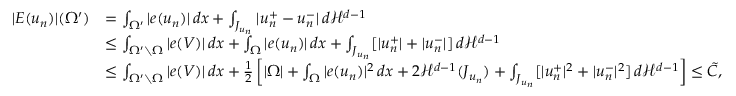
\begin{array} { r l } { | E ( u _ { n } ) | ( \Omega ^ { \prime } ) } & { = \int _ { \Omega ^ { \prime } } | e ( u _ { n } ) | \, d x + \int _ { J _ { u _ { n } } } | u _ { n } ^ { + } - u _ { n } ^ { - } | \, d { \mathcal { H } } ^ { d - 1 } } \\ & { \leq \int _ { \Omega ^ { \prime } \setminus \Omega } | e ( V ) | \, d x + \int _ { \Omega } | e ( u _ { n } ) | \, d x + \int _ { J _ { u _ { n } } } [ | u _ { n } ^ { + } | + | u _ { n } ^ { - } | ] \, d { \mathcal { H } } ^ { d - 1 } } \\ & { \leq \int _ { \Omega ^ { \prime } \setminus \Omega } | e ( V ) | \, d x + \frac { 1 } { 2 } \left[ | \Omega | + \int _ { \Omega } | e ( u _ { n } ) | ^ { 2 } \, d x + 2 { \mathcal { H } } ^ { d - 1 } ( J _ { u _ { n } } ) + \int _ { J _ { u _ { n } } } [ | u _ { n } ^ { + } | ^ { 2 } + | u _ { n } ^ { - } | ^ { 2 } ] \, d { \mathcal { H } } ^ { d - 1 } \right] \leq \tilde { C } , } \end{array}